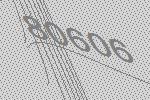
80606